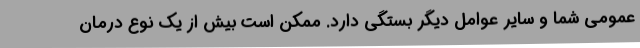
عمومی شما و سایر عوامل دیگر بستگی دارد. ممکن است بیش از یک نوع درمان